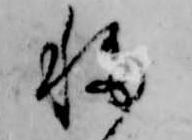
移